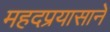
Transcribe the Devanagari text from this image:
महदप्रयासाने